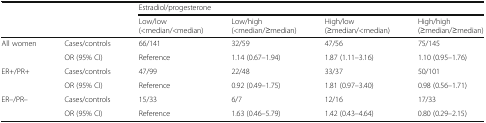
| <ROWSPAN=2-COLSPAN=2>  | <COLSPAN=4> Estradiol/progesterone |
 | Low/low (<median/<median) | Low/high (<median/≥median) | High/low (≥median/<median) | High/high (≥median/≥median) |
 | --- | --- | --- | --- | --- | --- |
 | <ROWSPAN=2> All women | Cases/controls | 66/141 | 32/59 | 47/56 | 75/145 |
 | OR (95% CI) | Reference | 1.14 (0.67–1.94) | 1.87 (1.11–3.16) | 1.10 (0.95–1.76) |
 | <ROWSPAN=2> ER+/PR+ | Cases/controls | 47/99 | 22/48 | 33/37 | 50/101 |
 | OR (95% CI) | Reference | 0.92 (0.49–1.75) | 1.81 (0.97–3.40) | 0.98 (0.56–1.71) |
 | <ROWSPAN=2> ER–/PR– | Cases/controls | 15/33 | 6/7 | 12/16 | 17/33 |
 | OR (95% CI) | Reference | 1.63 (0.46–5.79) | 1.42 (0.43–4.64) | 0.80 (0.29–2.15) |